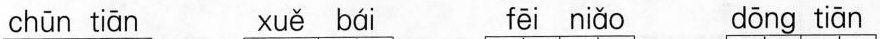
chūn tiān xuě bái fēi niǎo dōng tiān